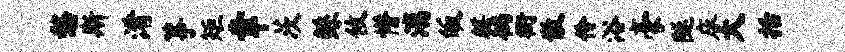
愁斯淆筝矩幸茨鲧攸懵漓皈麒徜衙散伶浴豪隧床大括